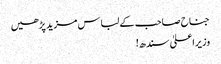
جناح صاحب کے لباس مزید پڑھیں
وزیراعلیٰ سندھ!